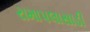
રામાપલાસાડી